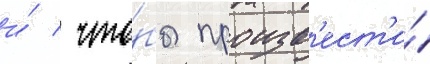
и́ / что́бы произв'ест'и́